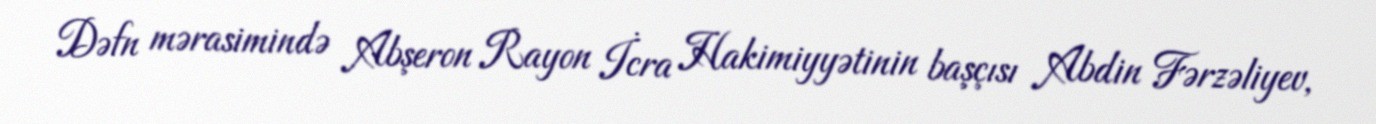
Dəfn mərasimində Abşeron Rayon İcra Hakimiyyətinin başçısı Abdin Fərzəliyev,